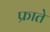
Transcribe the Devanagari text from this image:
फ्राते